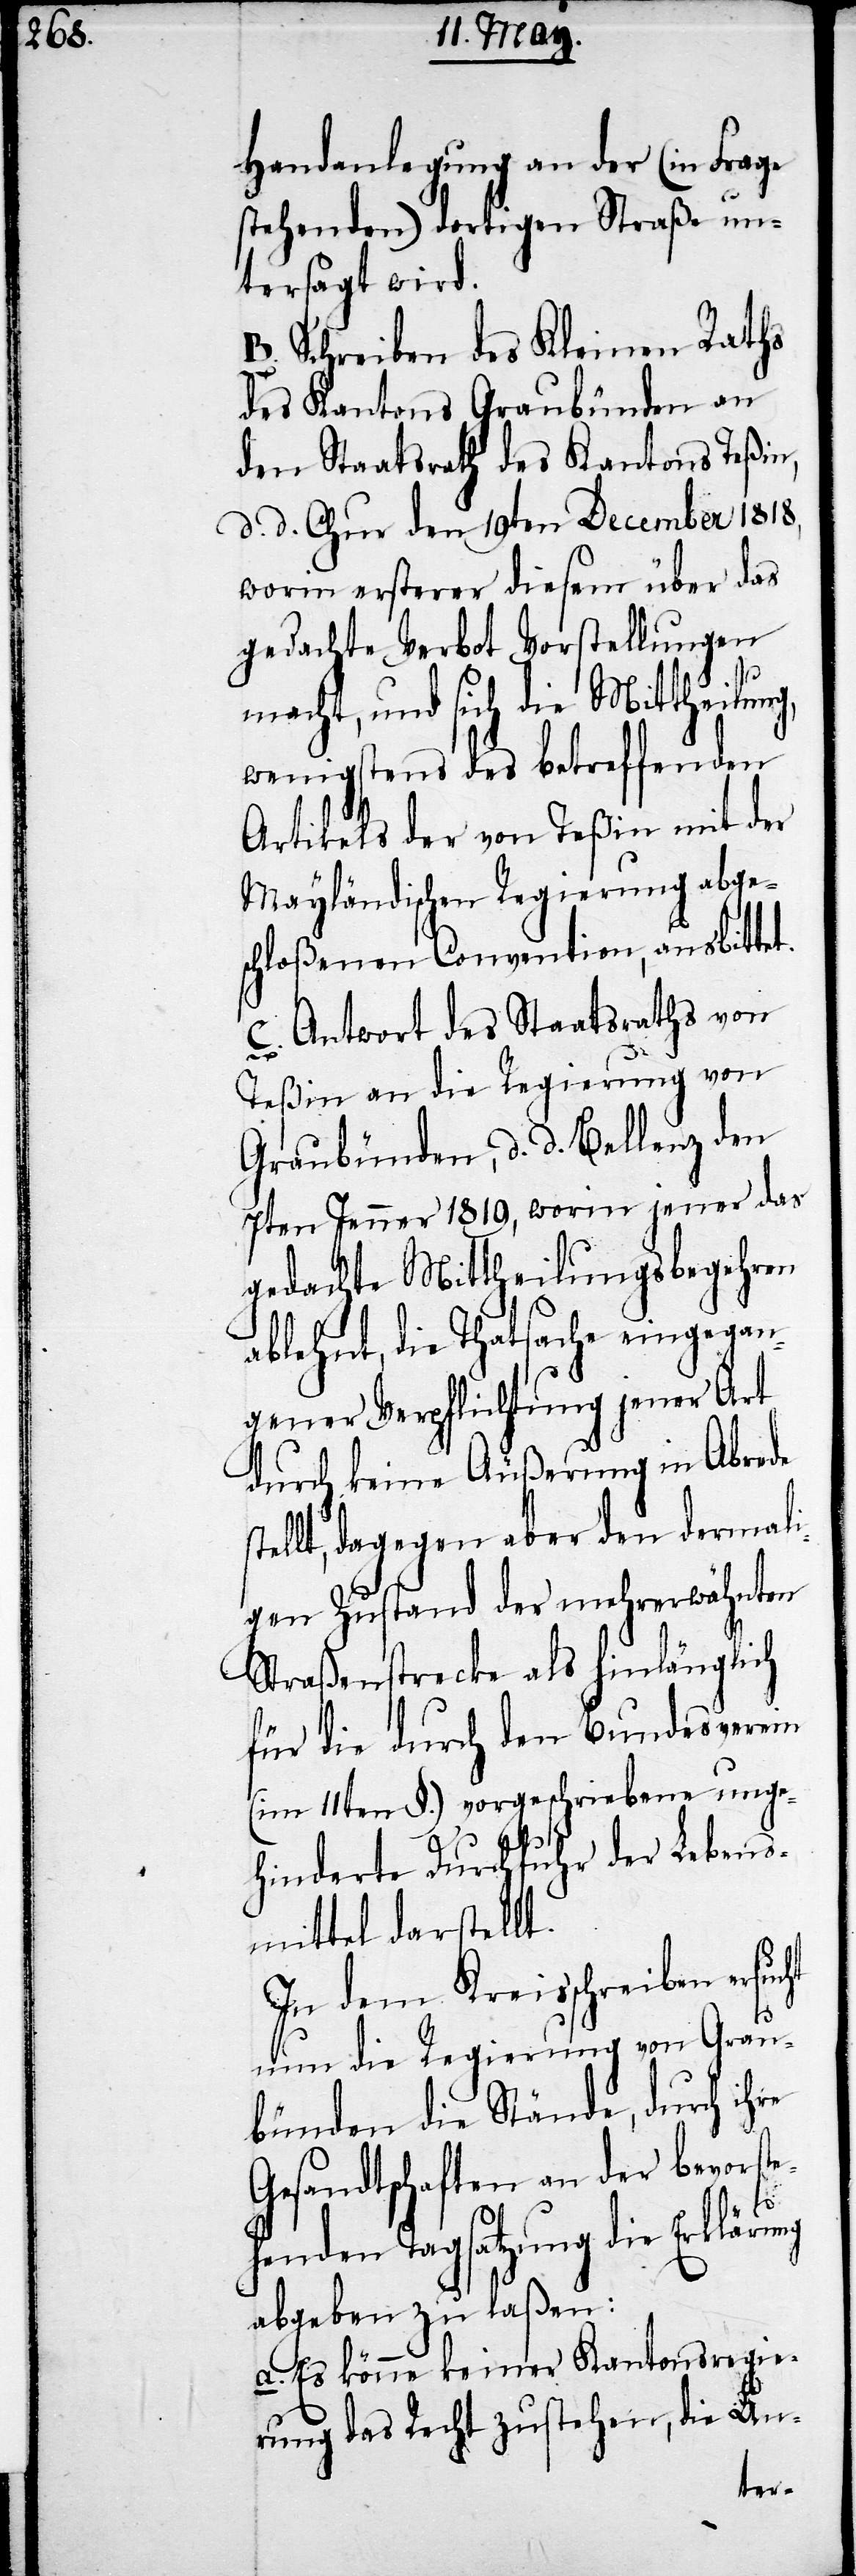
Handanlegung an der (in Frage
stehenden) dortigen Straße un¬
tersagt wird:
B. Schreiben des Kleinen Raths
des Kantons Graubünden an
den Staatsrath des Kantons Teßin,
d. d. Chur den 19ten December 1818,
worin ersterer diesem über das
gedachte Verbot Vorstellungen
re
macht, und sich die Mittheilung,
wenigstens des betreffenden
Artikels der von Teßin mit der
Mayländischen Regierung abge¬
schloßenen Convention, ausbittet.
C. Antwort des Staatsraths von
Teßin an die Regierung von
Graubünden, d. d. Bellenz den
7ten Jenner 1819, worin jener das
gedachte Mittheilungsbegehren
ablehnt, die Thatsache eingegan¬
gener Verpflichtung jener Art
durch keine Äußerung in Abrede
stellt, dagegen aber den dermali¬
gen Zustand der mehrerwähnten
Straßenstrecke als hinlänglich
für die durch den Bundesverein
(im 11ten §.) vorgeschriebene unge¬
hinderte Durchfuhr der Lebens¬
mittel darstellt.
In dem Kreisschreiben ersuc¬
ht
nun die Regierung von Grau¬
bünden die Stände, durch ih¬
Gesandtschaften an der bevorst¬
e¬
henden Tagsatzung die Erklärung
abgeben zu laßen:
a. Es könne keiner Kantonsregie¬
rung das Recht zustehen, die Un-